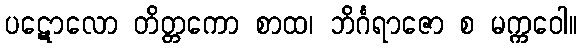
ပဋောလော တိတ္တကော စာထ၊ ဘိင်္ဂရာဇော စ မက္ကဝေါ။